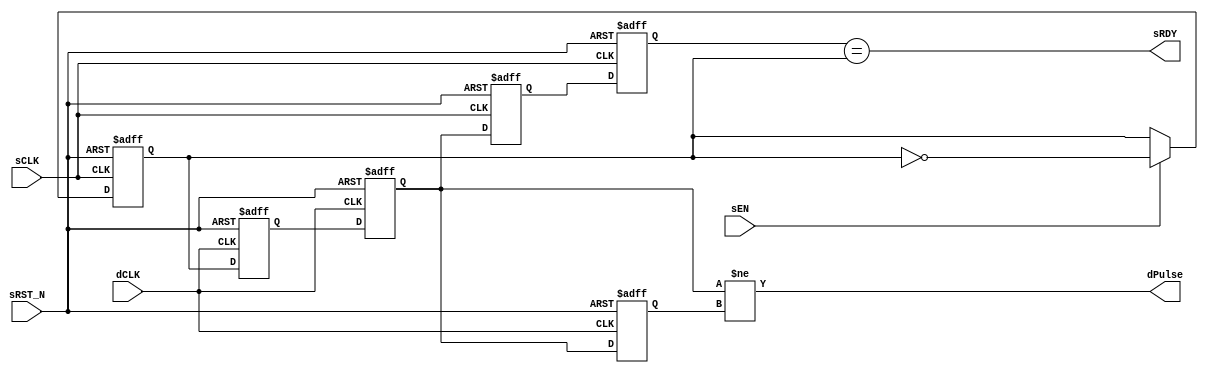
// Copyright (c) 2000-2011 Bluespec, Inc.

// Permission is hereby granted, free of charge, to any person obtaining a copy
// of this software and associated documentation files (the "Software"), to deal
// in the Software without restriction, including without limitation the rights
// to use, copy, modify, merge, publish, distribute, sublicense, and/or sell
// copies of the Software, and to permit persons to whom the Software is
// furnished to do so, subject to the following conditions:

// The above copyright notice and this permission notice shall be included in
// all copies or substantial portions of the Software.

// THE SOFTWARE IS PROVIDED "AS IS", WITHOUT WARRANTY OF ANY KIND, EXPRESS OR
// IMPLIED, INCLUDING BUT NOT LIMITED TO THE WARRANTIES OF MERCHANTABILITY,
// FITNESS FOR A PARTICULAR PURPOSE AND NONINFRINGEMENT. IN NO EVENT SHALL THE
// AUTHORS OR COPYRIGHT HOLDERS BE LIABLE FOR ANY CLAIM, DAMAGES OR OTHER
// LIABILITY, WHETHER IN AN ACTION OF CONTRACT, TORT OR OTHERWISE, ARISING FROM,
// OUT OF OR IN CONNECTION WITH THE SOFTWARE OR THE USE OR OTHER DEALINGS IN
// THE SOFTWARE.
//
// $Revision: 23129 $
// $Date: 2011-02-04 14:48:46 +0000 (Fri, 04 Feb 2011) $

`ifdef BSV_ASSIGNMENT_DELAY
`else
`define BSV_ASSIGNMENT_DELAY
`endif

//
// Transfer takes 2 dCLK to see data,
// sRDY recovers takes 2 dCLK + 2 sCLK
module SyncHandshake(
                     sCLK,
                     sRST_N,
                     dCLK,
                     sEN,
                     sRDY,
                     dPulse
                     );
   parameter init = 1'b0;

   // Source clock port signal
   input     sCLK ;
   input     sRST_N ;
   input     sEN ;
   output    sRDY ;

   // Destination clock port signal
   input     dCLK ;
   output    dPulse ;

   // Flops to hold data
   reg       dSyncReg1, dSyncReg2 ;
   reg       dLastState ;
   reg       sToggleReg ;
   reg       sSyncReg1, sSyncReg2 ;

   // Output signal
   assign    dPulse = dSyncReg2 != dLastState ;
   assign    sRDY = sSyncReg2 == sToggleReg;

   always @(posedge sCLK or negedge sRST_N)
     begin
        if (sRST_N == 0)
           begin
              sSyncReg1  <= `BSV_ASSIGNMENT_DELAY ! init ; // Reset hi so sRDY is low during reset
              sSyncReg2  <= `BSV_ASSIGNMENT_DELAY ! init ;
              sToggleReg <= `BSV_ASSIGNMENT_DELAY init ;
           end
        else
           begin

              // hadshake return synchronizer
              sSyncReg1 <= `BSV_ASSIGNMENT_DELAY dSyncReg2 ;// clock domain crossing
              sSyncReg2 <= `BSV_ASSIGNMENT_DELAY sSyncReg1 ;

              // Pulse send
              if ( sEN )
                begin
                   sToggleReg <= `BSV_ASSIGNMENT_DELAY ! sToggleReg ;
                end // if ( sEN )

           end
     end // always @ (posedge sCLK or negedge sRST_N)

   always @(posedge dCLK or negedge sRST_N)
     begin
        if (sRST_N == 0)
          begin
             dSyncReg1  <= `BSV_ASSIGNMENT_DELAY init;
             dSyncReg2  <= `BSV_ASSIGNMENT_DELAY init;
             dLastState <= `BSV_ASSIGNMENT_DELAY init ;
          end
        else
           begin
              dSyncReg1 <= `BSV_ASSIGNMENT_DELAY sToggleReg ;// domain crossing
              dSyncReg2 <= `BSV_ASSIGNMENT_DELAY dSyncReg1 ;
              dLastState <= `BSV_ASSIGNMENT_DELAY dSyncReg2 ;
           end
     end // always @ (posedge dCLK or negedge sRST_N)

`ifdef BSV_NO_INITIAL_BLOCKS
`else // not BSV_NO_INITIAL_BLOCKS
   // synopsys translate_off
   initial
      begin
         dSyncReg1 = init ;
         dSyncReg2 = init ;
         dLastState = init ;

         sToggleReg = init ;
         sSyncReg1 = ! init ;
         sSyncReg2 = ! init ;

      end // initial begin
   // synopsys translate_on
`endif // BSV_NO_INITIAL_BLOCKS

endmodule // HandshakeSync